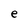
Character: e